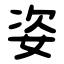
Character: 姿